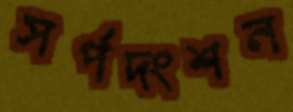
সর্পদংশন